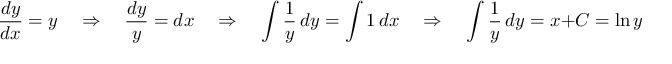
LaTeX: { \frac { d y } { d x } } = y \quad \Rightarrow \quad { \frac { d y } { y } } = d x \quad \Rightarrow \quad \int { \frac { 1 } { y } } \, d y = \int 1 \, d x \quad \Rightarrow \quad \int { \frac { 1 } { y } } \, d y = x + C = \ln y + C .